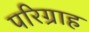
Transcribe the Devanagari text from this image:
परिग्राह